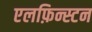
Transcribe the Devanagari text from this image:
एलफ़िन्स्टन